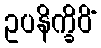
ဥပနိက္ခိပိံ